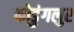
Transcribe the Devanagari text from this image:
कोडुंगलुर